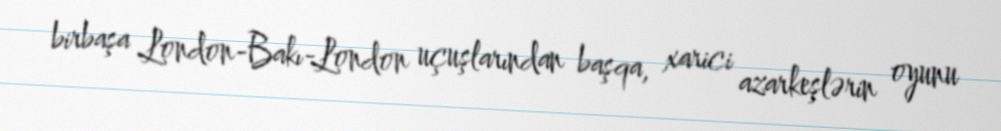
birbaşa London-Bakı-London uçuşlarından başqa, xarici azarkeşlərin oyunu